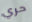
حري